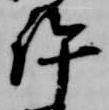
許